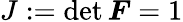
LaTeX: J:=\operatorname*{det}{\boldsymbol{F}}=1